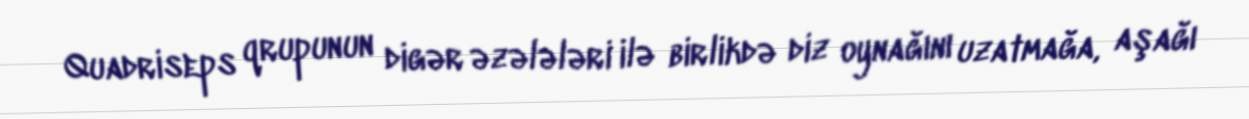
Quadriseps qrupunun digər əzələləri ilə birlikdə diz oynağını uzatmağa, aşağı